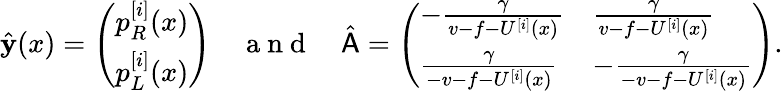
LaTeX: \hat{\mathbf{y}}(x)=\left(\begin{array}{l}{p_{R}^{[i]}(x)}\\ {p_{L}^{[i]}(x)}\end{array}\right)\quad\mathrm{~a~n~d~}\quad\hat{\mathsf{A}}=\left(\begin{array}{ll}{-\frac{\gamma}{v-f-U^{[i]}(x)}}&{\frac{\gamma}{v-f-U^{[i]}(x)}}\\ {\frac{\gamma}{-v-f-U^{[i]}(x)}}&{-\frac{\gamma}{-v-f-U^{[i]}(x)}}\end{array}\right).